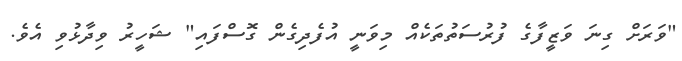
"ވަރަށް ގިނަ ވަޒީފާގެ ފުރުސަތުތަކެއް މިވަނީ އުފެދިގެން ގޮސްފައި" ޝަހީރު ވިދާޅުވި އެވެ.